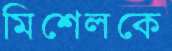
মিশেলকে